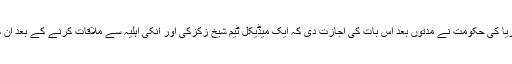
گزشتہ مہینے نائیجیریا کی حکومت نے مدتوں بعد اس بات کی اجازت دی کہ ایک میڈیکل ٹیم شیخ زکزکی اور انکی اہلیہ سے ملاقات کرنے کے بعد ان کا طبی معائنہ کرے۔